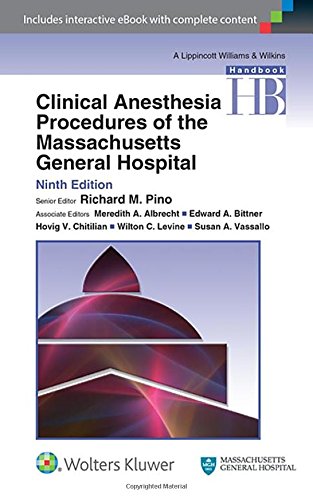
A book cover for Clinical Anesthesia Procedures of the Massachusetts General Hospital; Richard M. Pino MD  PhD; Medical Books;